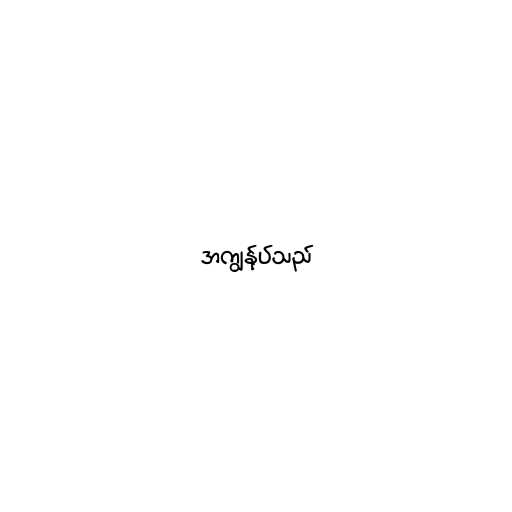
အကျွန်ုပ်သည်